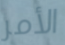
الأمر